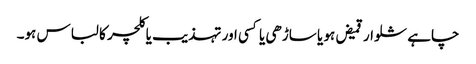
چاہے شلوار قمیض ہو یا ساڑھی یا کسی اور تہذیب یا کلچر کا لباس ہو۔